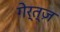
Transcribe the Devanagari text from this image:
गेर्त्ज़